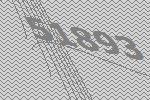
51893